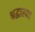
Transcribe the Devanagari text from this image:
श्रद्धास्पद